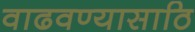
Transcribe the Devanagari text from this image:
वाढवण्यासाठि